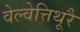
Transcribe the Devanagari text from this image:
वेल्वेत्तिथूरै